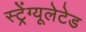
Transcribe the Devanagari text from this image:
स्ट्रेंग्यूलेटेड